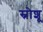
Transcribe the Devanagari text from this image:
स्नोशू